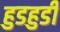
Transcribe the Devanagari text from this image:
हुडहुडी